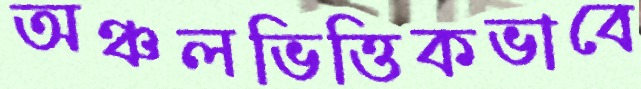
অঞ্চলভিত্তিকভাবে